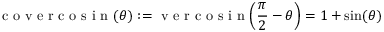
{ \textrm { c o v e r c o s i n } } ( \theta ) : = { \textrm { v e r c o s i n } } \! \left( { \frac { \pi } { 2 } } - \theta \right) = 1 + \sin ( \theta )